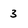
Character: 3